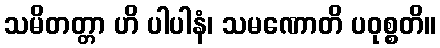
သမိတတ္တာ ဟိ ပါပါနံ၊ သမဏောတိ ပဝုစ္စတိ။